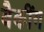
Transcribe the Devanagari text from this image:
बैकींग